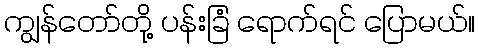
ကျွန်တော်တို့ ပန်းခြံ ရောက်ရင် ပြောမယ်။